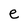
Character: e